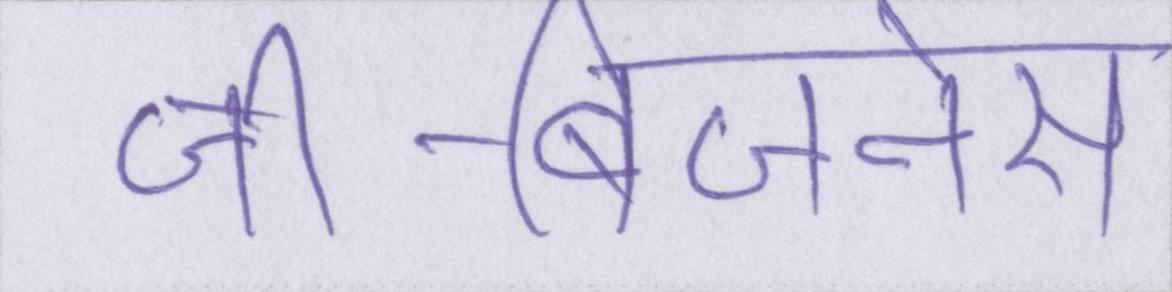
जी-बिजनेस